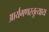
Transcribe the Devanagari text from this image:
आर्यगणस्तुत्याय